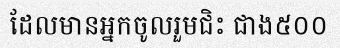
ដែលមានអ្នកចូលរួមជិះ ជាង៥០០